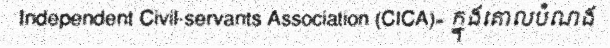
Independent Civil-servants Association (CICA)» ក្នុងគោលបំណង